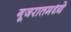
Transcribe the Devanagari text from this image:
गूजरातमध्ये